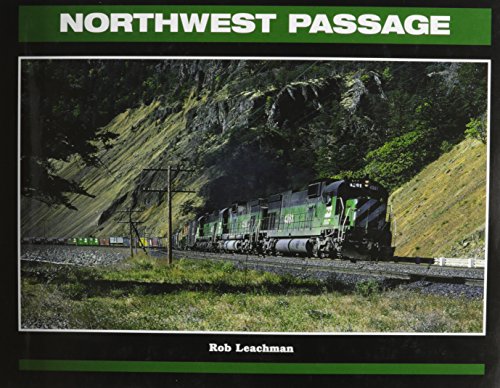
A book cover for Northwest Passage: Twenty-Five Years of the Burlington Northern in the Pacific Northwest; Robert C. Leachman; Arts & Photography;